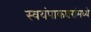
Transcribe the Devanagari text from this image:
स्वयंपाकघरांमध्ये